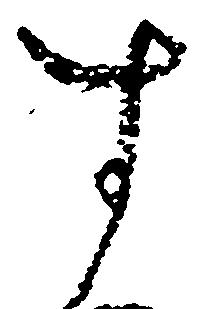
す